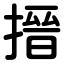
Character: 搢